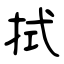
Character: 拭